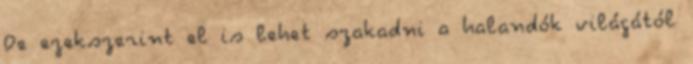
De ezekszerint el is lehet szakadni a halandók világától